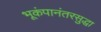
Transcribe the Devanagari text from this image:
भूकंपानंतरसुद्धा